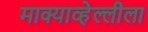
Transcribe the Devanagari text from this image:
माक्याव्हेल्लीला